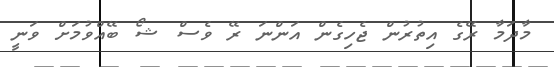
މާދަމާ ރޭގެ އިތުރުން ޖެހިގެން އަންނަ ރޭ ވެސް ޝޯ ބޭއްވުމަށް ވަނީ